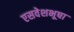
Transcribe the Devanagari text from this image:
एसवेशभूषा